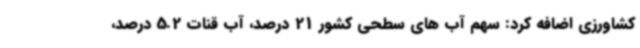
کشاورزی اضافه کرد: سهم آب های سطحی کشور 21 درصد، آب قنات 5.2 درصد،